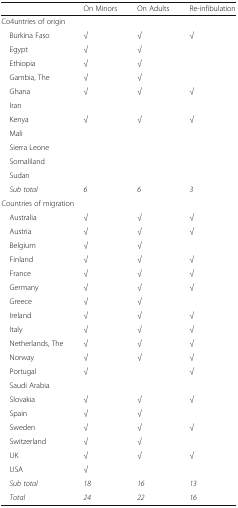
|  | On Minors | On Adults | Re-infibulation |
 | --- | --- | --- | --- |
 | <COLSPAN=4> Co4untries of origin |
 | Burkina Faso | √ | √ | √ |
 | Egypt | √ | √ |  |
 | Ethiopia | √ | √ |  |
 | Gambia, The | √ | √ |  |
 | Ghana | √ | √ | √ |
 | Iran |  |  |  |
 | Kenya | √ | √ | √ |
 | Mali |  |  |  |
 | Sierra Leone |  |  |  |
 | Somaliland |  |  |  |
 | Sudan |  |  |  |
 | Sub total | 6 | 6 | 3 |
 | <COLSPAN=4> Countries of migration |
 | Australia | √ | √ | √ |
 | Austria | √ | √ | √ |
 | Belgium | √ | √ |  |
 | Finland | √ | √ | √ |
 | France | √ | √ | √ |
 | Germany | √ | √ | √ |
 | Greece | √ | √ |  |
 | Ireland | √ | √ | √ |
 | Italy | √ | √ | √ |
 | Netherlands, The | √ | √ | √ |
 | Norway | √ | √ | √ |
 | Portugal | √ |  | √ |
 | Saudi Arabia |  |  |  |
 | Slovakia | √ | √ | √ |
 | Spain | √ | √ |  |
 | Sweden | √ | √ | √ |
 | Switzerland | √ | √ |  |
 | UK | √ | √ | √ |
 | USA | √ |  |  |
 | Sub total | 18 | 16 | 13 |
 | Total | 24 | 22 | 16 |